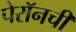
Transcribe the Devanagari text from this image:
पेरॉनची